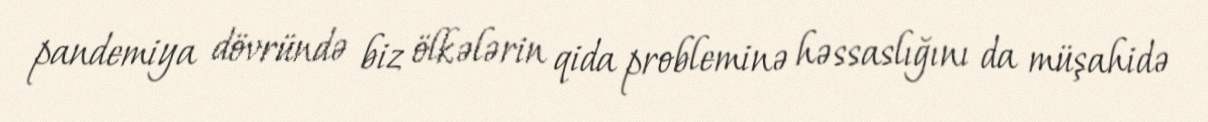
pandemiya dövründə biz ölkələrin qida probleminə həssaslığını da müşahidə